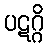
ပဋဂ္ဂိ